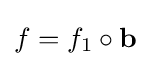
f=f_{1}\circ \mathbf {b}